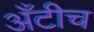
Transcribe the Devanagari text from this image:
अँटीच